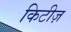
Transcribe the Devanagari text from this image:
किटीज़